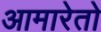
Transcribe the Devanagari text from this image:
आमारेतो